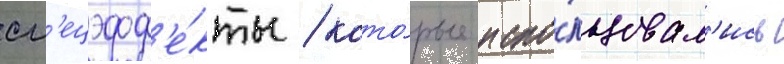
сп'ецэфф'е́кты / кото́рые испо́льзовал'ись